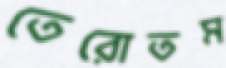
তেরোতম